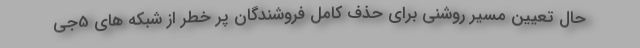
حال تعیین مسیر روشنی برای حذف کامل فروشندگان پر خطر از شبکه های 5جی